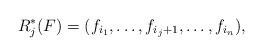
LaTeX: \begin{align*}R_j^*(F)=(f_{i_1},\dots,f_{i_j+1},\dots,f_{i_n}),\end{align*}